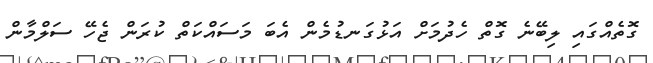
ގޮތެއްގައި ލިބޭނެ ގޮތް ހެދުމަށް އަޅުގަނޑުމެން އެބަ މަސައްކަތް ކުރަން ޖެހޭ ސަލްމާން